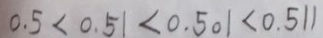
0 . 5 < 0 . 5 1 < 0 . 5 0 1 < 0 . 5 1 1